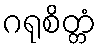
ဂရုစိတ္တံ